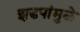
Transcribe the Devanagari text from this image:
झडपांमुळे